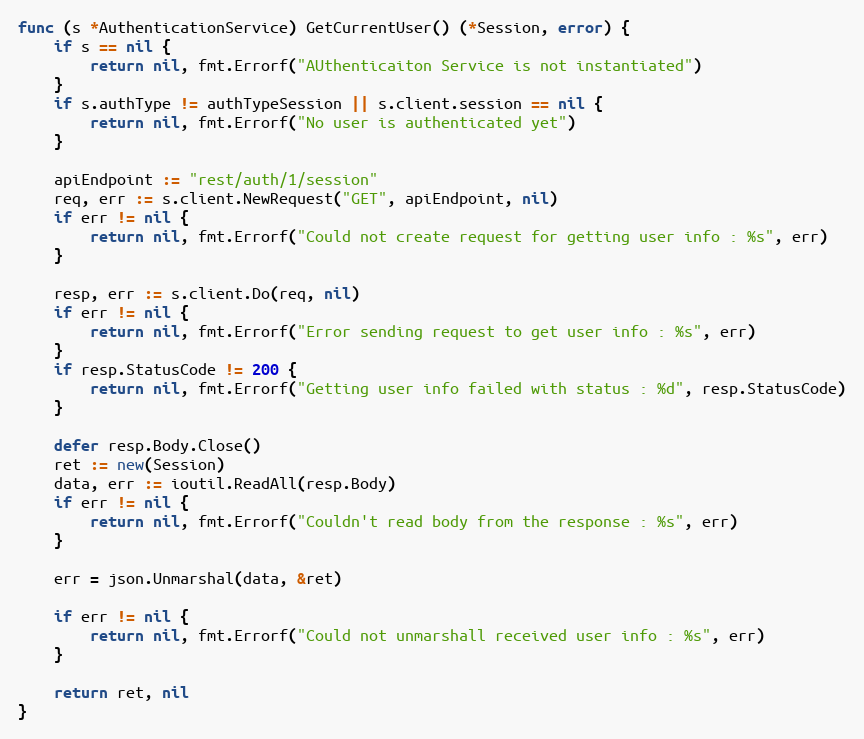
Language: Go
func (s *AuthenticationService) GetCurrentUser() (*Session, error) {
	if s == nil {
		return nil, fmt.Errorf("AUthenticaiton Service is not instantiated")
	}
	if s.authType != authTypeSession || s.client.session == nil {
		return nil, fmt.Errorf("No user is authenticated yet")
	}

	apiEndpoint := "rest/auth/1/session"
	req, err := s.client.NewRequest("GET", apiEndpoint, nil)
	if err != nil {
		return nil, fmt.Errorf("Could not create request for getting user info : %s", err)
	}

	resp, err := s.client.Do(req, nil)
	if err != nil {
		return nil, fmt.Errorf("Error sending request to get user info : %s", err)
	}
	if resp.StatusCode != 200 {
		return nil, fmt.Errorf("Getting user info failed with status : %d", resp.StatusCode)
	}

	defer resp.Body.Close()
	ret := new(Session)
	data, err := ioutil.ReadAll(resp.Body)
	if err != nil {
		return nil, fmt.Errorf("Couldn't read body from the response : %s", err)
	}

	err = json.Unmarshal(data, &ret)

	if err != nil {
		return nil, fmt.Errorf("Could not unmarshall received user info : %s", err)
	}

	return ret, nil
}